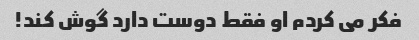
فکر می کردم او فقط دوست دارد گوش کند!